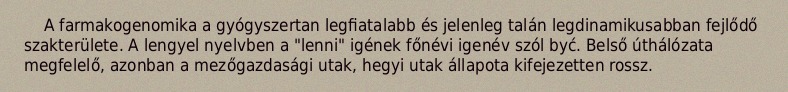
A farmakogenomika a gyógyszertan legfiatalabb és jelenleg talán legdinamikusabban fejlődő szakterülete. A lengyel nyelvben a "lenni" igének főnévi igenév szól być. Belső úthálózata megfelelő, azonban a mezőgazdasági utak, hegyi utak állapota kifejezetten rossz.